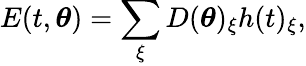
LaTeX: E(t,{\boldsymbol{\theta}})=\sum_{\xi}D({\boldsymbol{\theta}})_{\xi}h(t)_{\xi},